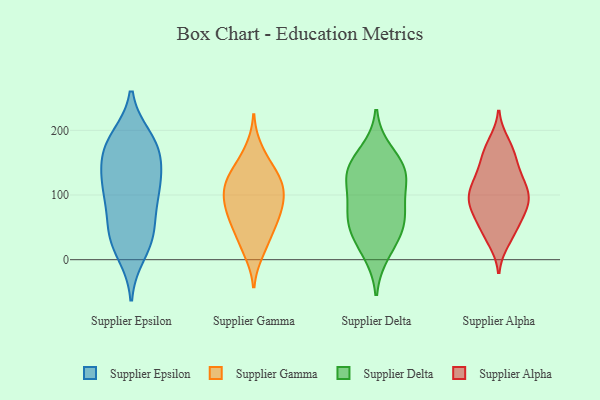
{"axis": {"x": "Inventory Turnover", "y": "Value"}, "legend": ["Supplier Alpha", "Supplier Delta", "Supplier Epsilon", "Supplier Gamma"], "data": [{"x": "", "y": 44, "type": "Supplier Epsilon"}, {"x": "", "y": 176, "type": "Supplier Epsilon"}, {"x": "", "y": 30, "type": "Supplier Epsilon"}, {"x": "", "y": 107, "type": "Supplier Epsilon"}, {"x": "", "y": 187, "type": "Supplier Epsilon"}, {"x": "", "y": 103, "type": "Supplier Epsilon"}, {"x": "", "y": 121, "type": "Supplier Epsilon"}, {"x": "", "y": 32, "type": "Supplier Epsilon"}, {"x": "", "y": 174, "type": "Supplier Epsilon"}, {"x": "", "y": 158, "type": "Supplier Epsilon"}, {"x": "", "y": 182, "type": "Supplier Epsilon"}, {"x": "", "y": 117, "type": "Supplier Epsilon"}, {"x": "", "y": 147, "type": "Supplier Epsilon"}, {"x": "", "y": 90, "type": "Supplier Epsilon"}, {"x": "", "y": 10, "type": "Supplier Epsilon"}, {"x": "", "y": 53, "type": "Supplier Epsilon"}, {"x": "", "y": 106, "type": "Supplier Gamma"}, {"x": "", "y": 98, "type": "Supplier Gamma"}, {"x": "", "y": 110, "type": "Supplier Gamma"}, {"x": "", "y": 25, "type": "Supplier Gamma"}, {"x": "", "y": 63, "type": "Supplier Gamma"}, {"x": "", "y": 133, "type": "Supplier Gamma"}, {"x": "", "y": 170, "type": "Supplier Gamma"}, {"x": "", "y": 75, "type": "Supplier Gamma"}, {"x": "", "y": 143, "type": "Supplier Gamma"}, {"x": "", "y": 83, "type": "Supplier Gamma"}, {"x": "", "y": 110, "type": "Supplier Gamma"}, {"x": "", "y": 47, "type": "Supplier Gamma"}, {"x": "", "y": 62, "type": "Supplier Gamma"}, {"x": "", "y": 129, "type": "Supplier Gamma"}, {"x": "", "y": 12, "type": "Supplier Gamma"}, {"x": "", "y": 64, "type": "Supplier Delta"}, {"x": "", "y": 49, "type": "Supplier Delta"}, {"x": "", "y": 76, "type": "Supplier Delta"}, {"x": "", "y": 128, "type": "Supplier Delta"}, {"x": "", "y": 83, "type": "Supplier Delta"}, {"x": "", "y": 137, "type": "Supplier Delta"}, {"x": "", "y": 133, "type": "Supplier Delta"}, {"x": "", "y": 36, "type": "Supplier Delta"}, {"x": "", "y": 166, "type": "Supplier Delta"}, {"x": "", "y": 11, "type": "Supplier Delta"}, {"x": "", "y": 134, "type": "Supplier Delta"}, {"x": "", "y": 95, "type": "Supplier Alpha"}, {"x": "", "y": 136, "type": "Supplier Alpha"}, {"x": "", "y": 127, "type": "Supplier Alpha"}, {"x": "", "y": 167, "type": "Supplier Alpha"}, {"x": "", "y": 155, "type": "Supplier Alpha"}, {"x": "", "y": 72, "type": "Supplier Alpha"}, {"x": "", "y": 180, "type": "Supplier Alpha"}, {"x": "", "y": 37, "type": "Supplier Alpha"}, {"x": "", "y": 122, "type": "Supplier Alpha"}, {"x": "", "y": 119, "type": "Supplier Alpha"}, {"x": "", "y": 56, "type": "Supplier Alpha"}, {"x": "", "y": 97, "type": "Supplier Alpha"}, {"x": "", "y": 89, "type": "Supplier Alpha"}, {"x": "", "y": 84, "type": "Supplier Alpha"}, {"x": "", "y": 103, "type": "Supplier Alpha"}, {"x": "", "y": 74, "type": "Supplier Alpha"}, {"x": "", "y": 96, "type": "Supplier Alpha"}, {"x": "", "y": 30, "type": "Supplier Alpha"}, {"x": "", "y": 46, "type": "Supplier Alpha"}, {"x": "", "y": 170, "type": "Supplier Alpha"}]}